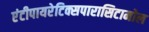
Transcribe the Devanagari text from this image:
एंटीपायरेटिक्सपारासिटामोल